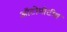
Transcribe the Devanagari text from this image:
ऑटोमोटीव